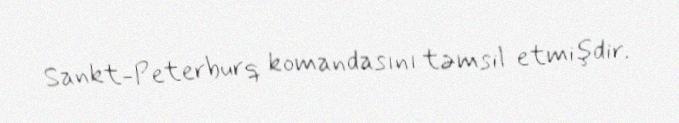
Sankt-Peterburq komandasını təmsil etmişdir.